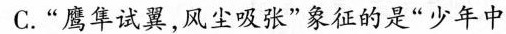
C.”鹰隼试翼，风尘吸张”象征的是”少年中